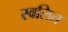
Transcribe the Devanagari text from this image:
स्वलित